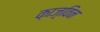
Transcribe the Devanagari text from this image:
क़ाज़्विन